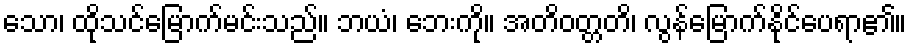
သော၊ ထိုသင်မြောက်မင်းသည်။ ဘယံ၊ ဘေးကို။ အတိဝတ္တတိ၊ လွန်မြောက်နိုင်ပေရာ၏။